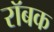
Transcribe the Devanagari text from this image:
रॉबक